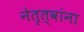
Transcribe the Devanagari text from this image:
नेतृत्वांना